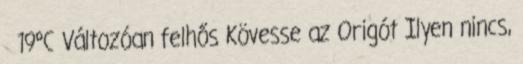
19°C Változóan felhős Kövesse az Origót Ilyen nincs,